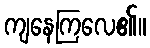
ကျနေကြလေ၏။